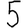
Digit: 5